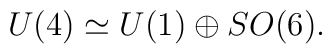
U(4) \simeq U(1) \oplus SO(6).